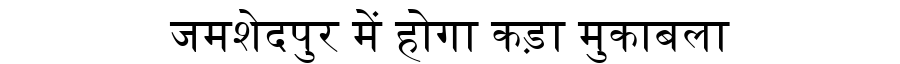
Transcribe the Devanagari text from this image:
जमशेदपुर में होगा कड़ा मुकाबला